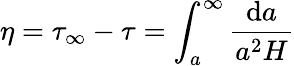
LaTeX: \eta=\tau_{\infty}-\tau=\int_{a}^{\infty}\frac{\mathrm{d}a}{a^{2}H}